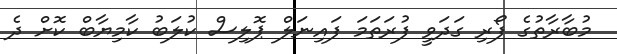
މުބާރާތުގެ ފޯރި ގަދަވީ ފުރަތަމަ ފައިނަލް ޕޮލިސް ކުލަބު ކާމިޔާބް ކޮށް ދެ